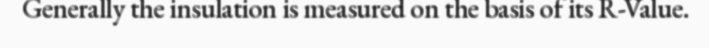
Generally the insulation is measured on the basis of its R-Value.